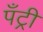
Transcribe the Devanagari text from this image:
पँट्री